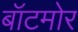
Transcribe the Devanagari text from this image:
बॉटमोर